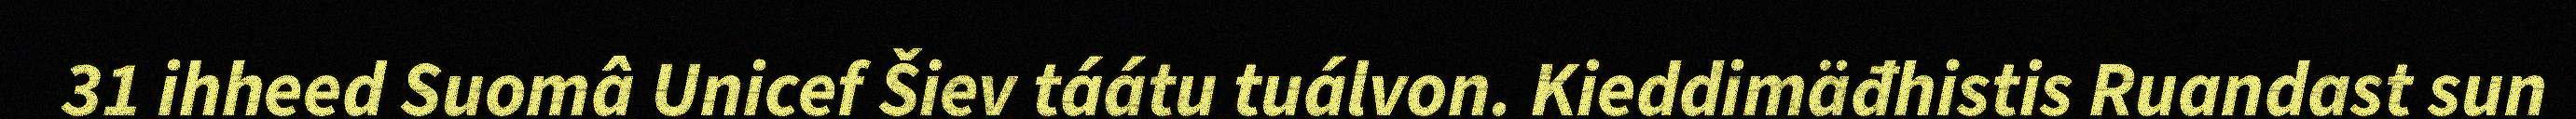
31 ihheed Suomâ Unicef Šiev táátu tuálvon. Kieddimäđhistis Ruandast sun